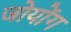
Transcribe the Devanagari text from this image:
जोयोंग